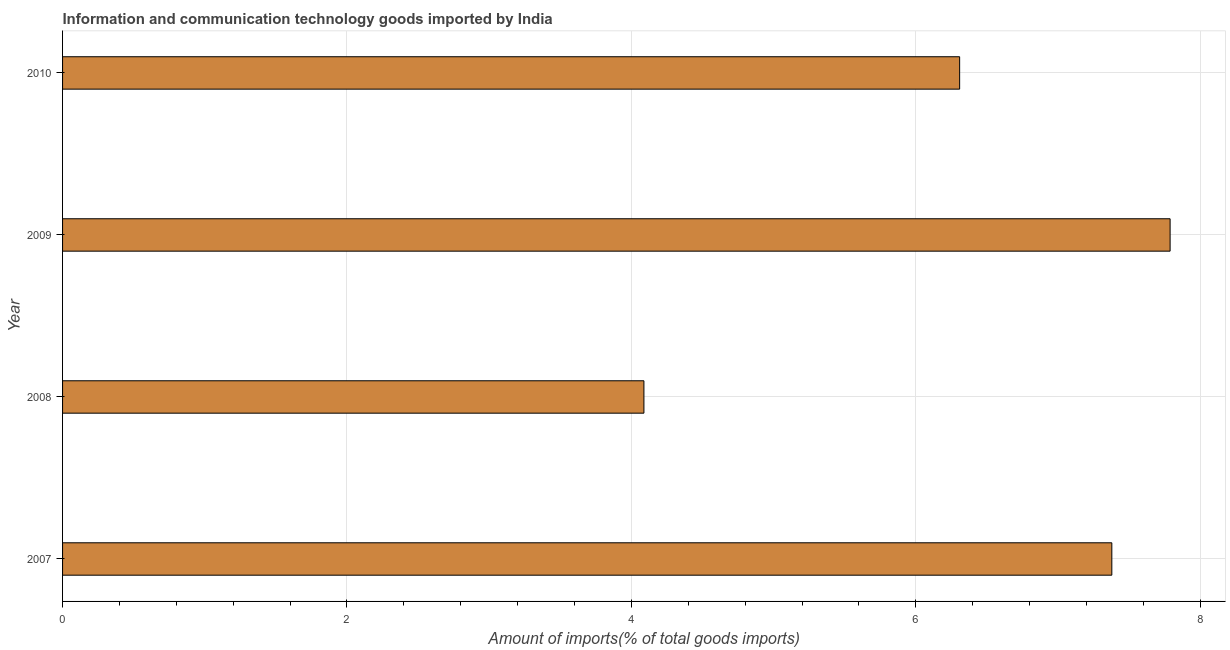
| Year | ICT goods imports |
 | --- | --- |
 | 2007 | 7.38 |
 | 2008 | 4.09 |
 | 2009 | 7.79 |
 | 2010 | 6.31 |